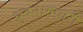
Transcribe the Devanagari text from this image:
ध्रुवनामधारी